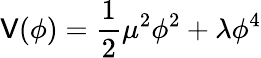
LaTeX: \mathsf{V}(\phi)={\frac{{1}}{{2}}}\mu^{2}\phi^{2}+\lambda\phi^{4}